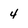
Character: 4